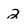
Character: 2